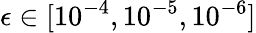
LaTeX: \epsilon\in[10^{-4},10^{-5},10^{-6}]